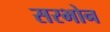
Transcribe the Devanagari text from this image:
सरभोन